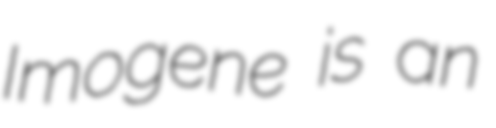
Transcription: Imogene is an